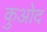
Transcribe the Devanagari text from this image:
कुओद